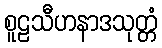
စူဠသီဟနာဒသုတ္တံ